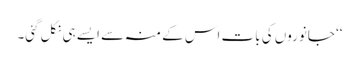
‘‘ جانوروں کی بات اس کے منہ سے ایسے ہی نکل گئی۔